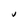
Character: v